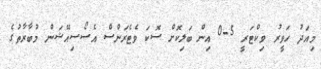
މިއަދު ހަވީރު ވިކްޓަރީ 5-0 އިން ބަލިކޮށް ސޮކަ ވެޓެރަންސް އެސޯސިއޭޝަން މުބާރާތުގެ